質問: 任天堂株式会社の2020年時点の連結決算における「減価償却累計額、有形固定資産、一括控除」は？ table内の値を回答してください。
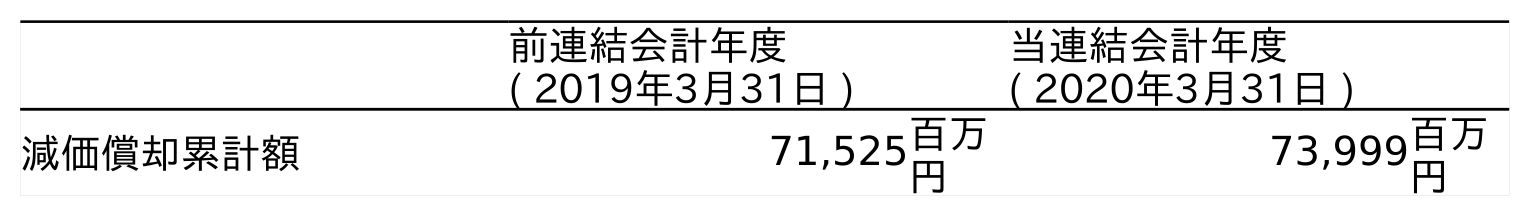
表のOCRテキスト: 前連結会計年度 ( 2019年3月31日 ) 当連結会計年度 ( 2020年3月31日 ) 減価償却累計額 71,525百万 円 73,999百万 円
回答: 73,999